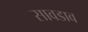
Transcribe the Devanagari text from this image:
सावडाव